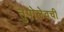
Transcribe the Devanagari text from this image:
तुपोलेवची